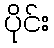
ပိုင်း